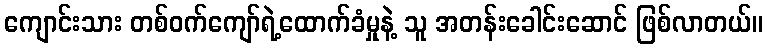
ကျောင်းသား တစ်ဝက်ကျော်ရဲ့ထောက်ခံမှုနဲ့ သူ အတန်းခေါင်းဆောင် ဖြစ်လာတယ်။